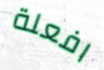
افعلة